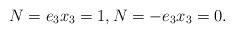
LaTeX: \begin{align*}N=e_3 x_3=1, N=-e_3x_3=0.\end{align*}